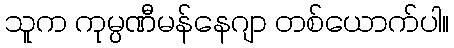
သူက ကုမ္ပဏီမန်နေဂျာ တစ်ယောက်ပါ။